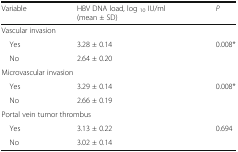
<table><thead><tr><td><b>Variable</b></td><td><b>HBV DNA load, log <sub>10</sub> IU/ml (mean ± SD)</b></td><td><b><i>P</i></b></td></tr></thead><tbody><tr><td colspan="3">Vascular invasion</td></tr><tr><td> Yes</td><td>3.28 ± 0.14</td><td>0.008*</td></tr><tr><td> No</td><td>2.64 ± 0.20</td><td></td></tr><tr><td colspan="3">Microvascular invasion</td></tr><tr><td> Yes</td><td>3.29 ± 0.14</td><td>0.008*</td></tr><tr><td> No</td><td>2.66 ± 0.19</td><td></td></tr><tr><td colspan="3">Portal vein tumor thrombus</td></tr><tr><td> Yes</td><td>3.13 ± 0.22</td><td>0.694</td></tr><tr><td> No</td><td>3.02 ± 0.14</td><td></td></tr></tbody></table>